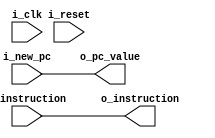
`timescale 1ns / 1ps
//////////////////////////////////////////////////////////////////////////////////
// Company: 
// Engineer: 
// 
// Design Name: 
// Module Name: IF_ID
// Project Name: 
// Target Devices: 
// Tool Versions: 
// Description: 
// 
// Dependencies: 
// 
// Revision:
// Revision 0.01 - File Created
// Additional Comments:
// 
//////////////////////////////////////////////////////////////////////////////////


module IF_ID# (
        parameter   TAM_DATA = 32,
        parameter   BYTE = 8
    )
    (
        input                           i_clk,
        input                           i_reset,
        input   [TAM_DATA - 1 : 0]      i_new_pc,
        input   [TAM_DATA - 1 : 0]      i_instruction,
        output  [TAM_DATA - 1 : 0]      o_instruction,
        output  [TAM_DATA - 1 : 0]      o_pc_value
);

assign o_pc_value = i_new_pc;
assign o_instruction = i_instruction;
endmodule